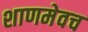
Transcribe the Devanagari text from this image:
शाणमेवच